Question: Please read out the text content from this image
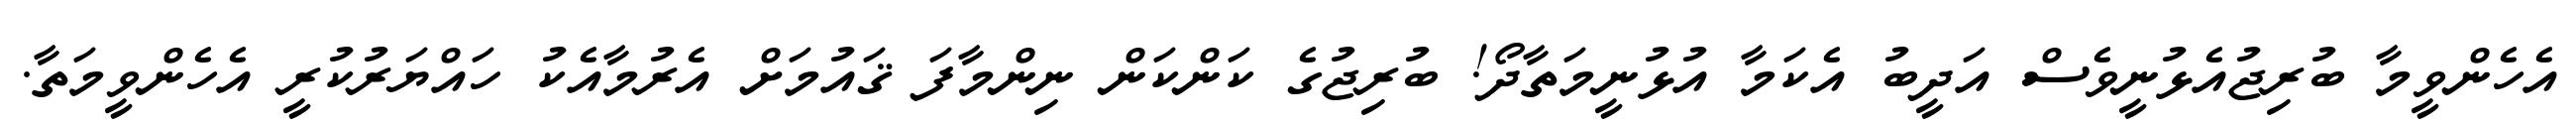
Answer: އެހެންވީމާ ބުރިޖުއެޅުނީވެސް އަދީބު އެކަމާ އުޅުނީމަތާދޯ! ބުރިޖުގެ ކަންކަން ނިންމާފަ ޤައުމަށް އެރުމާއެކު ހައްޔަރުކުރީ އެހެންވީމަތާ.